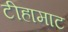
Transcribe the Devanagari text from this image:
टीहामाट